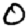
Digit: 0